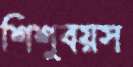
শিশুবয়স